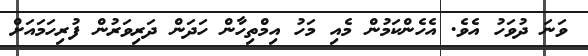
ވަނަ ދުވަހު އެވެ. އެހެންކަމުން މެއި މަހު އިމްތިހާން ހަދަން ދަރިވަރުން ފުރިހަމައަށް